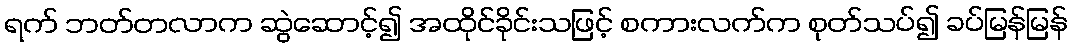
ရက် ဘတ်တလာက ဆွဲဆောင့်၍ အထိုင်ခိုင်းသဖြင့် စကားလက်က စုတ်သပ်၍ ခပ်မြန်မြန်